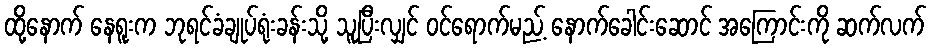
ထို့နောက် နေရူးက ဘုရင်ခံချုပ်ရုံးခန်းသို့ သူပြီးလျှင် ဝင်ရောက်မည့် နောက်ခေါင်းဆောင် အကြောင်းကို ဆက်လက်